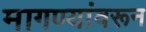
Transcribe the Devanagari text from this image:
मागण्यांवरून